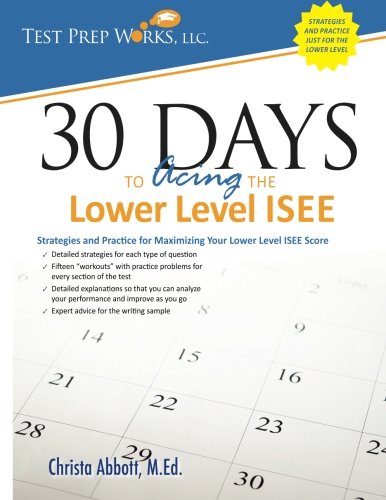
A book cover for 30 Days to Acing the Lower Level ISEE: Strategies and Practice for Maximizing Your Lower Level ISEE Score; Christa B Abbott M.Ed.; Test Preparation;